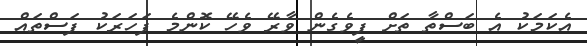
އެކަމަކު އެ ބަސްތާ ތަށް ފީވެގެން ވާރޭ ވެހޭ ކޮންމެ ފަހަރަކު ފަސްތައް